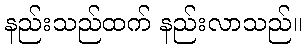
နည်းသည်ထက် နည်းလာသည်။